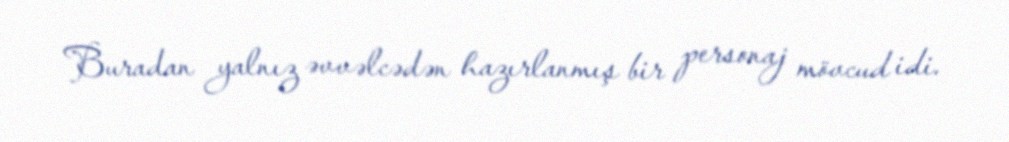
Buradan yalnız əvvəlcədən hazırlanmış bir personaj mövcud idi.